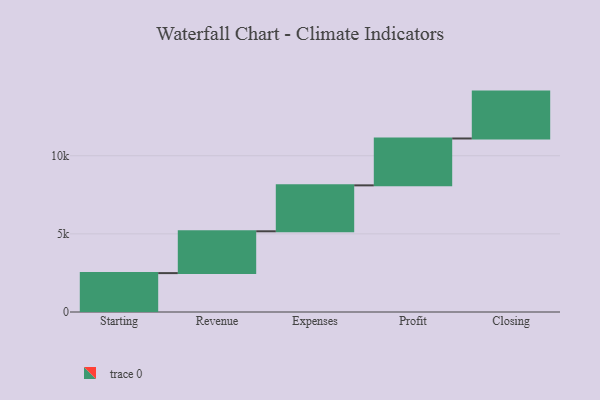
{"axis": {"x": "Step", "y": "Value"}, "legend": [""], "data": [{"x": "Starting", "y": 2489.0, "type": ""}, {"x": "Revenue", "y": 2676.0, "type": ""}, {"x": "Expenses", "y": 2940.0, "type": ""}, {"x": "Profit", "y": 3000, "type": ""}, {"x": "Closing", "y": 3000, "type": ""}]}